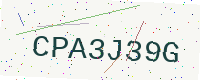
Text: CPA3J39G